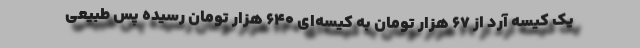
یک کیسه آرد از 67 هزار تومان به کیسه‌ای 640 هزار تومان رسیده پس طبیعی